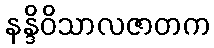
နန္ဒိဝိသာလဇာတက